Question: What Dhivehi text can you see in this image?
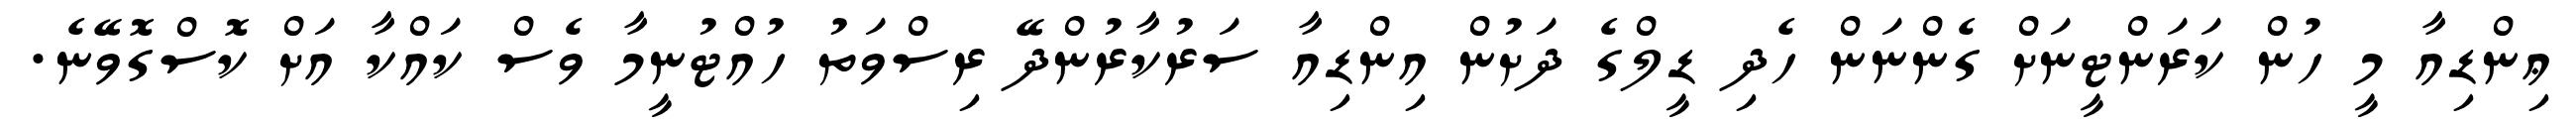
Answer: ޢިންޑިއާ މީ ހުން ކަރަންޓީނަށް ގެންނަން ހެދި ޑީލްގެ ދަށުން އިންޑިއާ ސަރުކާރުންދޭ ރިސްވަތު ހުއްޓުނީމާ ވެސް ކައްކާ އަށް ކޮސްގޮވޭނެ.